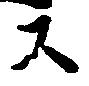
ス